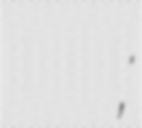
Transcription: Героите на Шипка;